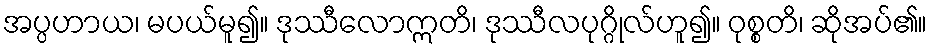
အပ္ပဟာယ၊ မပယ်မူ၍။ ဒုဿီလောဣတိ၊ ဒုဿီလပုဂ္ဂိုလ်ဟူ၍။ ဝုစ္စတိ၊ ဆိုအပ်၏။